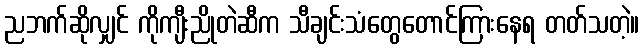
ညဘက်ဆိုလျှင် ကိုကျီးညိုတဲဆီက သီချင်းသံတွေတောင်ကြားနေရ တတ်သတဲ့။